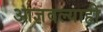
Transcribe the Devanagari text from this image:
आज्ञवल्याही